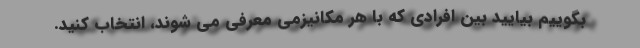
بگوییم بیایید بین افرادی که با هر مکانیزمی معرفی می شوند، انتخاب کنید.